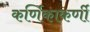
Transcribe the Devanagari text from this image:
कर्णिकाकर्णी